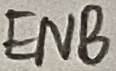
Text: ENB